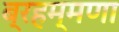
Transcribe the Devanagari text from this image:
ब्रहम्मणा